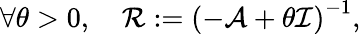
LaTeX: \forall\theta>0,\quad\mathcal{R}:=\left(-\mathcal{A}+\theta\mathcal{I}\right)^{-1},